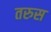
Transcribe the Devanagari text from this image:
तरुस